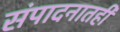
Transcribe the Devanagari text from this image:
संपादनातही